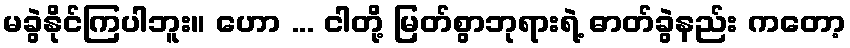
မခွဲနိုင်ကြပါဘူး။ ဟော ... ငါတို့ မြတ်စွာဘုရားရဲ့ ဓာတ်ခွဲနည်း ကတော့